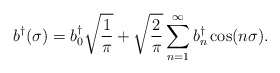
\begin{align*}b^{\dag}(\sigma) = b^{\dag}_0\sqrt{\frac{1}{\pi}}+\sqrt{\frac{2}{\pi}}\sum_{n=1}^\infty{b^{\dag}_n\cos(n\sigma)}.\end{align*}